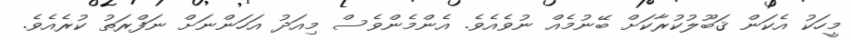
މީހަކު އެކަން ޤަބޫލުކުރާކަށް ބޭނުމެއް ނުވެއެވެ. އެންމެންވެސް މިއަދު އަހަންނަށް ނަފްރަތު ކުރެއެވެ.